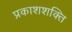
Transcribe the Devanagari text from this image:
प्रकाशशक्ति